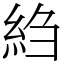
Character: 䋓